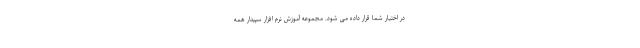
در اختیار شما قرار داده می شود. مجموعه آموزش نرم افزار سپیدار همه